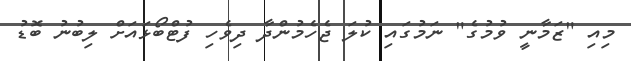
މިއި "ޒަމާނީ ވުމުގެ" ނަމުގައި ކުލަ ޖެހެމުންދާ ދިވެހި ފުޓްބޯޅައަށް ލިބުނު ބޮޑު